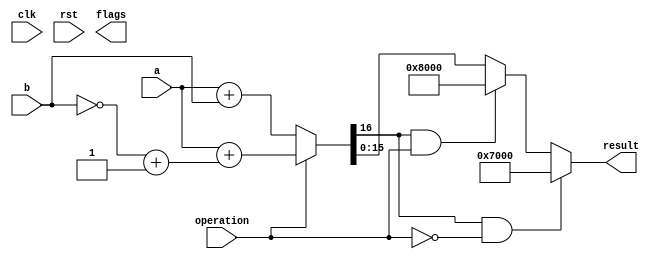
`define SIMULATION_MEMORY
//`define SIMULATION_addfp
`define VECTOR_DEPTH 64 //Q,K,V vector size
`define DATA_WIDTH 16
`define VECTOR_BITS 1024 // 16 bit each (16x64)
`define NUM_WORDS 32   //num of words in the sentence
`define BUF_AWIDTH 4 //16 entries in each buffer ram
`define BUF_LOC_SIZE 4 //4 words in each addr location
`define OUT_RAM_DEPTH 512 //512 entries in output bram
//`define EXPONENT 8
//`define MANTISSA 7
`define EXPONENT 5
`define MANTISSA 10
`define SIGN 1
`define DWIDTH (`SIGN+`EXPONENT+`MANTISSA)
`define DEFINES_DONE
`define DATAWIDTH (`SIGN+`EXPONENT+`MANTISSA)
`define IEEE_COMPLIANCE 1
`define NUM 4
`define ADDRSIZE 4

module fixed_point_addsub(
		clk,
		rst,
		a,
		b,
		operation,			// 0 add, 1 sub
		result,
		flags
	);
	
	// Clock and reset
	input clk ;										// Clock signal
	input rst ;										// Reset (active high, resets pipeline registers)
	
	// Input ports
  input [`DATAWIDTH-1:0] a ;								// Input A, a 32-bit floating point number
  input [`DATAWIDTH-1:0] b ;								// Input B, a 32-bit floating point number
	input operation ;								// Operation select signal
	
	// Output ports
  output reg [`DATAWIDTH-1:0] result ;						// Result of the operation
	output [4:0] flags ;							// Flags indicating exceptions according to IEEE754
	
  reg [`DATAWIDTH:0] result_t ;
  wire [`DATAWIDTH-1:0] b_t ;
	
	assign b_t = ~b + 1;
	
	always@(*) begin
      if (operation == 1'b0) begin
			result_t = a + b;
		end
		else begin
			result_t = a + b_t;
		end
	end

	
	always @ (*) begin	
		if (result_t[16] == 1'b1 && operation == 1'b0) begin
			result = 16'h7000;
		end
		else if (result_t[16] == 1'b1 && operation == 1'b1) begin
			result = 16'h8000;
		end
		else begin
			result = result_t[15:0];
		end
	end
	// Pipeline Registers
	//reg [79:0] pipe_1;							// Pipeline register PreAlign->Align1
	
	
endmodule